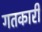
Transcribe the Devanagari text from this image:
गतकारी